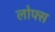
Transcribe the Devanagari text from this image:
लोफ्स